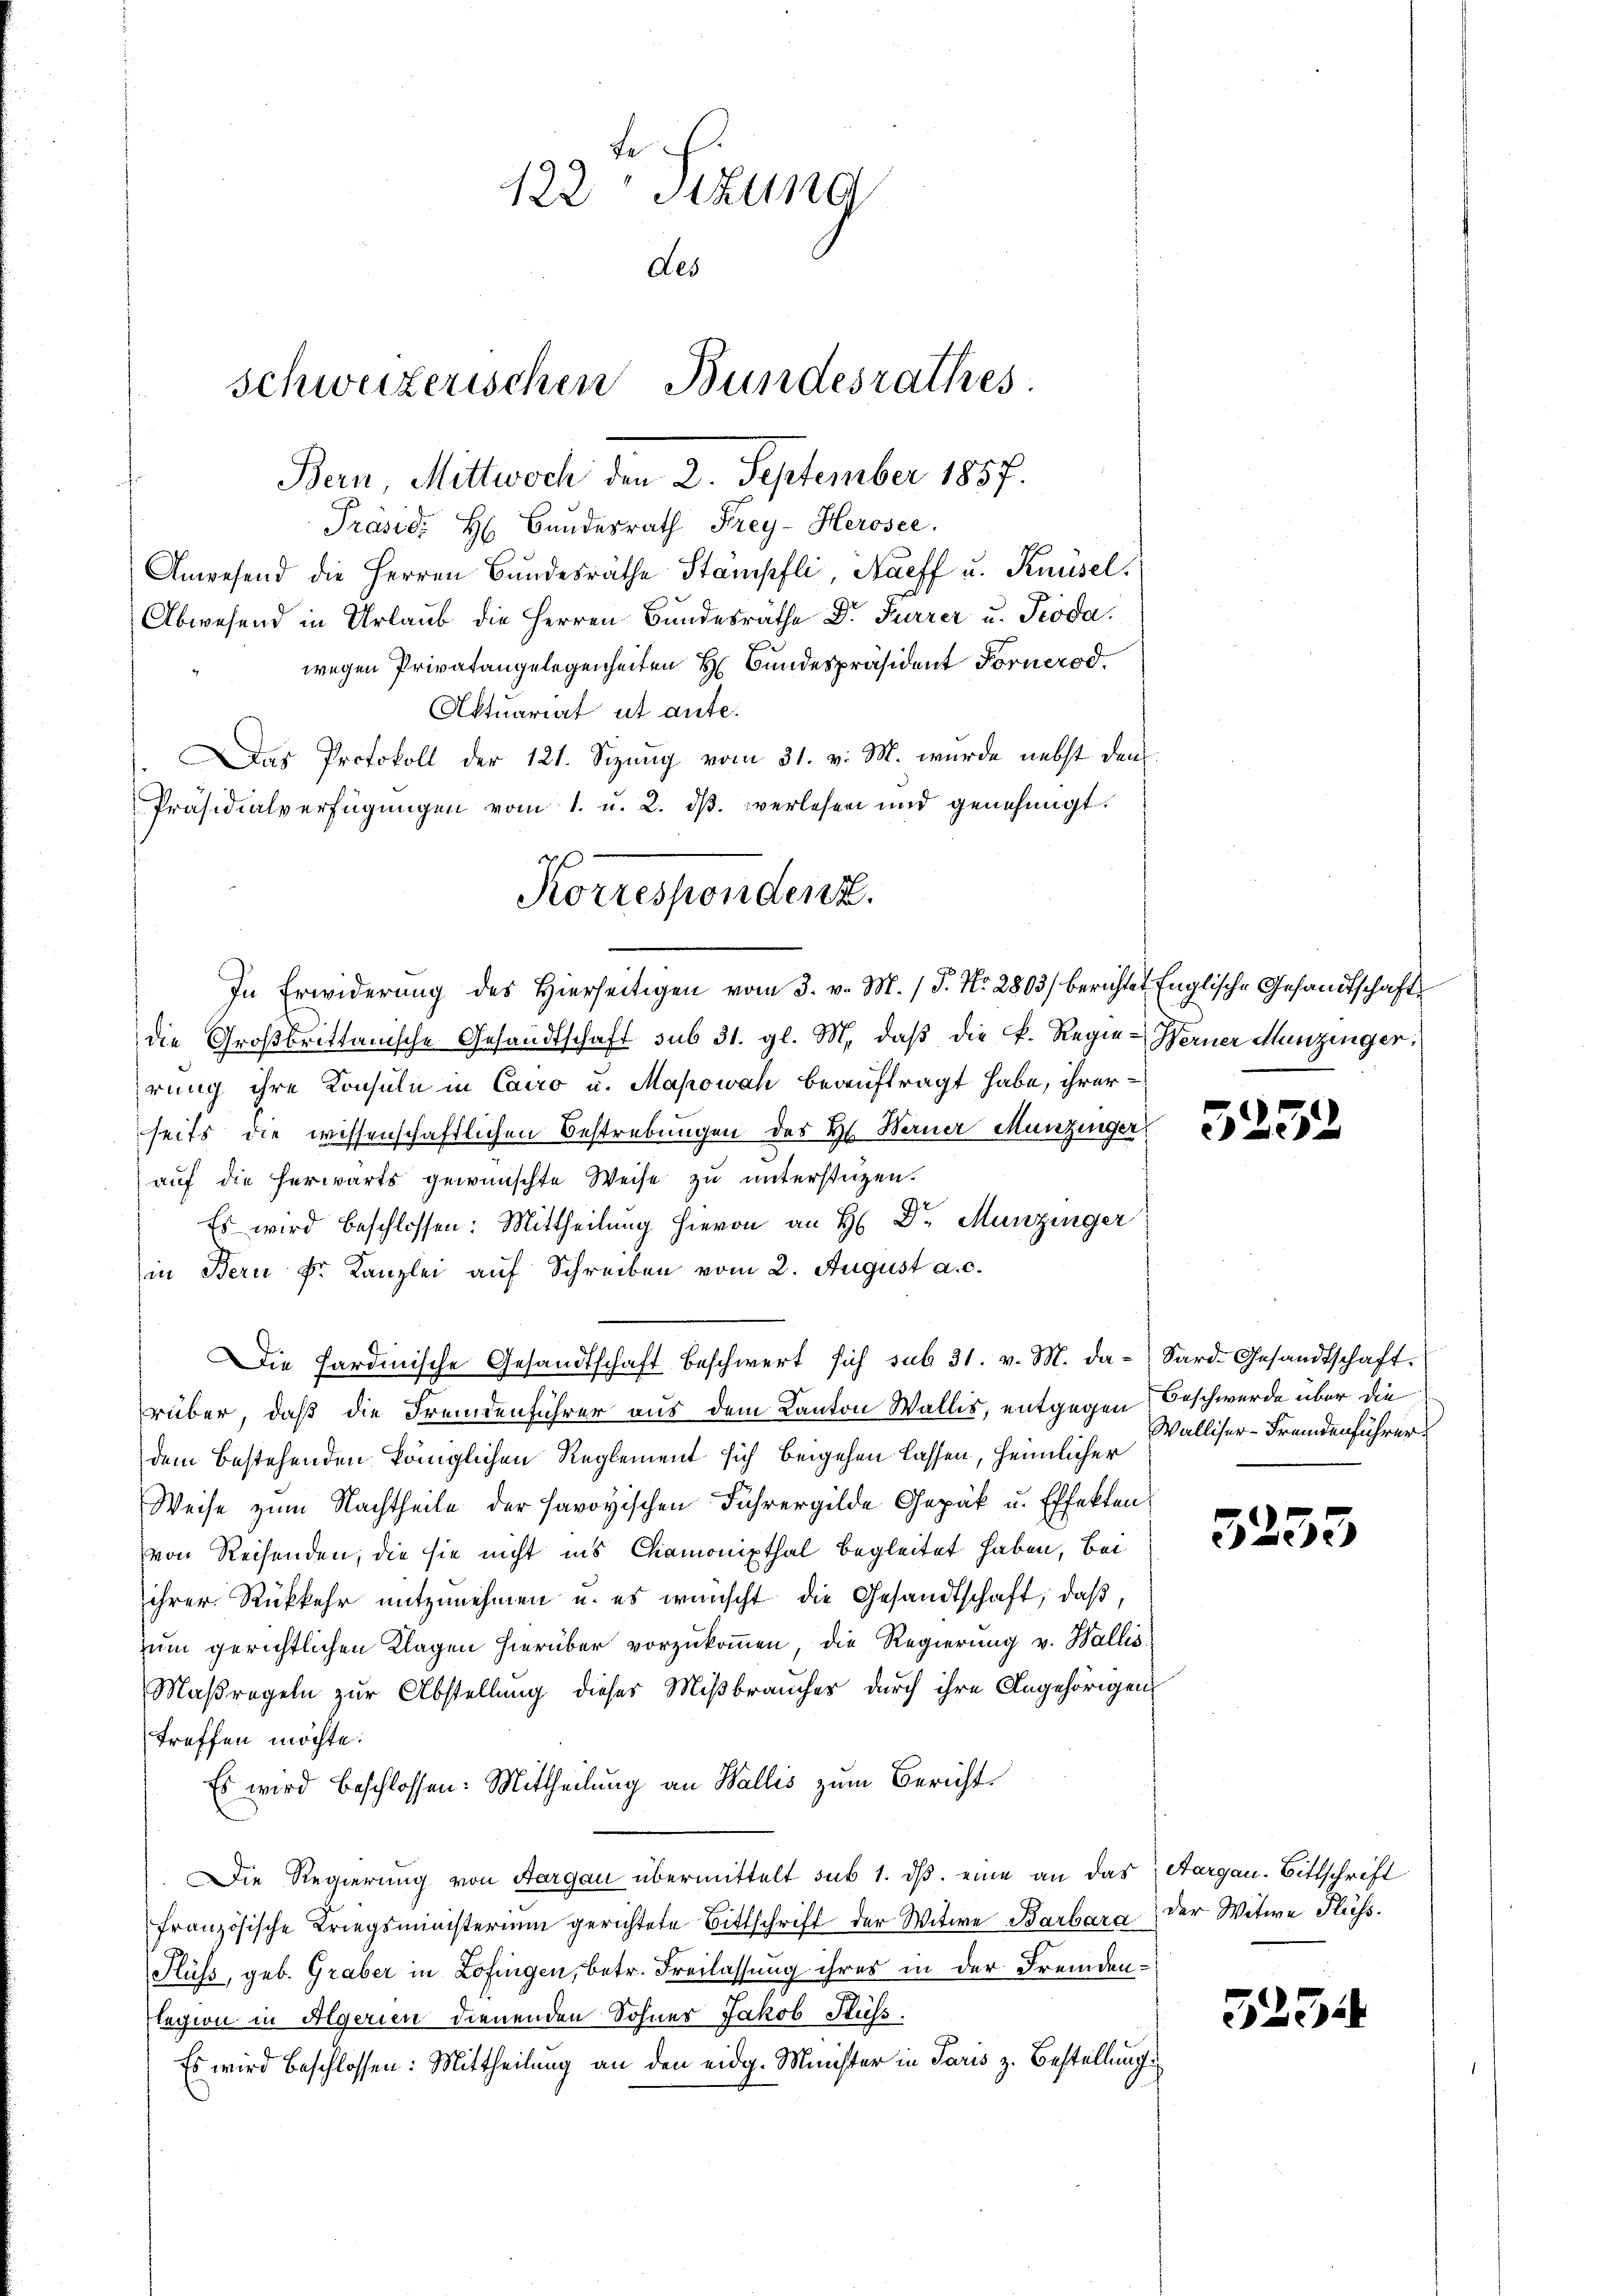
122 Sizung
des
schweizerischen Bundesrathes.
Bern Mittwoch den 2. September 1857.

Präsid. H. Bundesrath Frey-Herosee.
Anwesend die Herren Bundesräthe Stämpfli, Naeff u. Knüsel
Abwesend in Urlaub die Herren Bundesräthe Dr. Furrer u. Proda.
wegen Privatangelegenheiten H. Bundespräsident Fornerod.
Aktuariat ut ante.
Das Protokoll der 121. Sizung vom 31. v. M. wurde nebst den
Präsidialverfügungen vom 1. u. 2. ds. verlesen und genehmigt.
f

Korrespondenz.
In Erwiderung des Hierseitigen vom 3. v. M. (T. No. 2803) berichtet Englische Gesandtschaft

die Großbrittanische Gesandtschaft sub 31. gl. M. daβ die K. Regie-Werner Munzinger:
rung ihre Konsuln in Cairo u. Mapowah beauftragt habe, ihrer
seits die wissenschaftlichen Bestrebungen des Hs. Berner Munzinger
auf die herwärts gewünschte Weise zu unterstüzen.
Es wird beschlossen: Mittheilŭng hievon an H. Dr. Munzinger
in Bern Fr. Kanzlei auf Schreiben vom 2. August a. c.
Die Hardinische Gesandtschaft beschwert sich sub 31. v. M. da-Sard. Gesandtschaft.
rüber, daß die Fremdenführer aus dem Kanton Wallis, entgegen Beschwerde über die
dem bestehenden königlichen Reglement sich beigehen lassen, heimlicher
Weise zum Nachtheile der savoyischen Führergilde Gepäck u. Effekten
von Reisenden, die sie nicht ins Chamonipthal begleitet haben, bei
ihrer Rückkehr mitzunehmen u. es wünscht die Gesandtschaft, daß,
rum gerichtlichen Klagen hierüber vorzukommen, die Regierung v. Wallis
Maßregeln zur Abstellung dieses Mißbrauches durch ihre Angehörigentreffen möchte.
Es wird beschlossen: Mittheilung an Wallis zum Bericht
Die Regierung von Aargau übermittelt sub 1. ds. eine an das Aargau. Bittschrift
französische Kriegsministerium gerichtete Bittschrift der Witwe Barbara der Witwe Flüss
Flüss, geb. Graber in Zofingen, betr. Freilassung ihres in der Fremden-
legion in Algerien dienenden Sohner Jakob Stüss.
Es wird beschlossen: Mittheilung an den eidg. Minister in Paris z. Bestellung

55

1.6.

s

Walliser-Fremdenführer

3255

5254